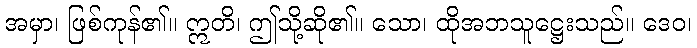
အမှာ၊ ဖြစ်ကုန်၏။ ဣတိ၊ ဤသို့ဆို၏။ သော၊ ထိုအဘသူဋ္ဌေးသည်။ ဒေဝ၊